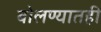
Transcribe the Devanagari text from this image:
बोलण्यातही